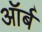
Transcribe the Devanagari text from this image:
ऑर्ब